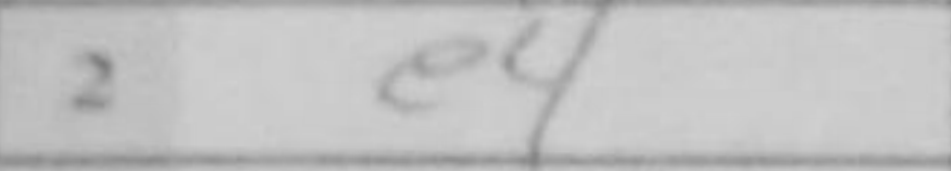
Transcription: e4